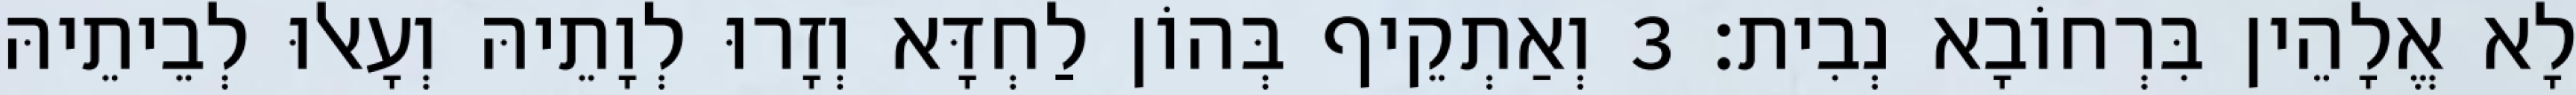
לָא אֱלָהֵין בִּרְחוֹבָא נְבִית׃ 3 וְאַתְקֵיף בְּהוֹן לַחְדָּא וְזָרוּ לְוָתֵיהּ וְעָאלוּ לְבֵיתֵיהּ